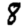
Digit: 8